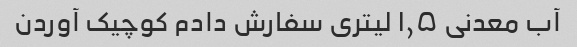
آب معدنی ۱٫۵ لیتری سفارش دادم کوچیک آوردن